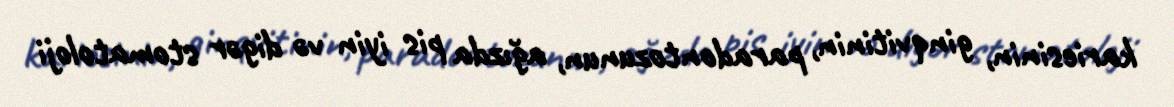
kariesinin, ginqvitinin, paradontozunun, ağızda pis iyin və digər stomatoloji